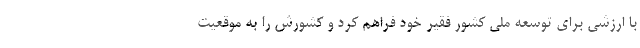
با ارزشی برای توسعه ملی کشور فقیر خود فراهم کرد و کشورش را به موقعیت